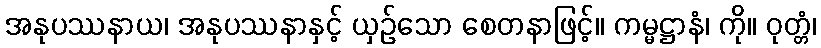
အနုပဿနာယ၊ အနုပဿနာနှင့် ယှဉ်သော စေတနာဖြင့်။ ကမ္မဋ္ဌာနံ၊ ကို။ ဝုတ္တံ၊